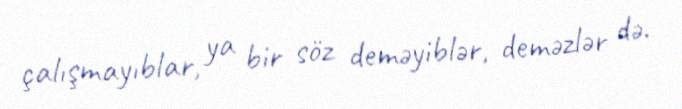
çalışmayıblar, ya bir söz deməyiblər, deməzlər də.